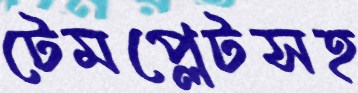
টেমপ্লেটসহ